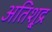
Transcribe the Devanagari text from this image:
अतिशू्द्र